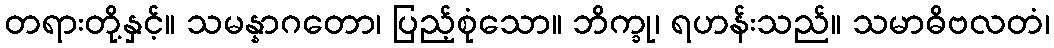
တရားတို့နှင့်။ သမန္နာဂတော၊ ပြည့်စုံသော။ ဘိက္ခု၊ ရဟန်းသည်။ သမာဓိဗလတံ၊